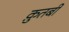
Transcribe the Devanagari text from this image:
क़ुतबी